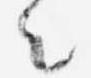
々